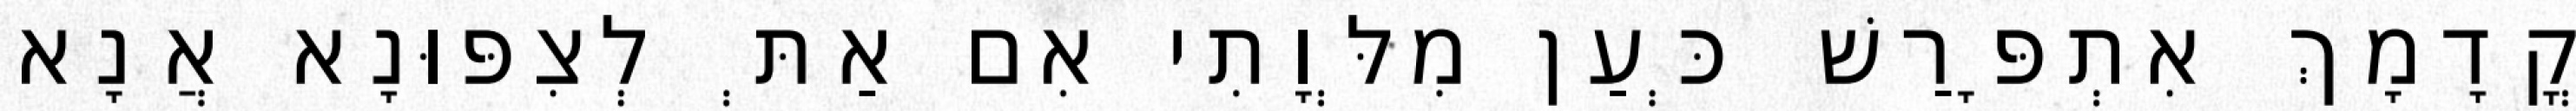
קֳדָמָךְ אִתְפָּרַשׁ כְּעַן מִלְּוָתִי אִם אַתְּ לְצִפּוּנָא אֲנָא